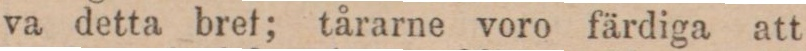
va detta bref; tårarne voro färdiga att